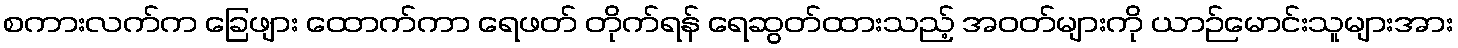
စကားလက်က ခြေဖျား ထောက်ကာ ရေဖတ် တိုက်ရန် ရေဆွတ်ထားသည့် အဝတ်များကို ယာဉ်မောင်းသူများအား